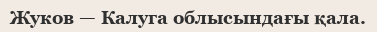
Жуков — Калуга облысындағы қала.